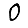
Digit: 0